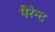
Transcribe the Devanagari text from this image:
पैरेन्ट